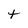
Character: t